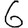
Digit: 6